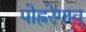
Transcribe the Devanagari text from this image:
पोह्ररेगाव्